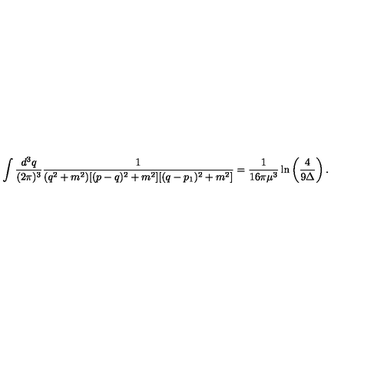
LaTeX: \int \frac { d ^ { 3 } q } { ( 2 \pi ) ^ { 3 } } \frac { 1 } { ( q ^ { 2 } + m ^ { 2 } ) [ ( p - q ) ^ { 2 } + m ^ { 2 } ] [ ( q - p _ { 1 } ) ^ { 2 } + m ^ { 2 } ] } = \frac { 1 } { 1 6 \pi \mu ^ { 3 } } \ln \left( \frac { 4 } { 9 \Delta } \right) .